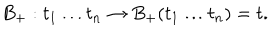
LaTeX: B _ { + } : t _ { 1 } \ldots t _ { n } \to B _ { + } ( t _ { 1 } \ldots t _ { n } ) = t .